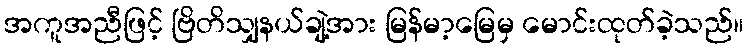
အကူအညီဖြင့် ဗြိတိသျှနယ်ချဲ့အား မြန်မာ့မြေမှ မောင်းထုတ်ခဲ့သည်။